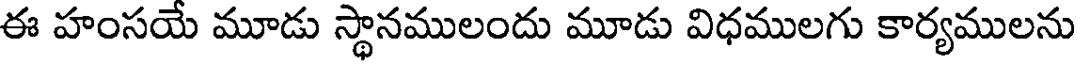
ఈ హంసయే మూడు స్థానములందు మూడు విధములగు కార్యములను